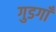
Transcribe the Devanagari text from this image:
गुडगाँ